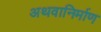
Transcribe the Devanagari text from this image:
अथवानिर्माण